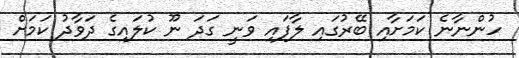
ހުންނާނެ ކަމަށާއި ބޭރުގައި ލާފައި ވަނީ ގަދަ ނޫ ކުލައިގެ ދަވާދު ކަމަށް